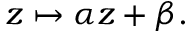
z \mapsto \alpha z + \beta .